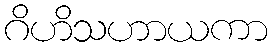
ဂိဟိသဟာယကာ